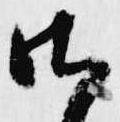
御